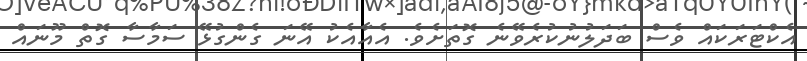
އެކްޓަރަކައް ވެސް ބަދަލުނުކުރެވޭނެ ގޮތަށެވެ. އެއާއެކު އޭނަ ގެންގުޅޭ ސަމާސާ ގޮތް މޫނައް